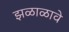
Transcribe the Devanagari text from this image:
झळाळावे